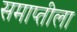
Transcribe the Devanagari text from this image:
समाप्तीला